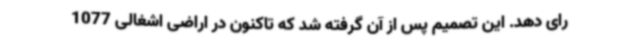
رای دهد. این تصمیم پس از آن گرفته شد که تاکنون در اراضی اشغالی 1077